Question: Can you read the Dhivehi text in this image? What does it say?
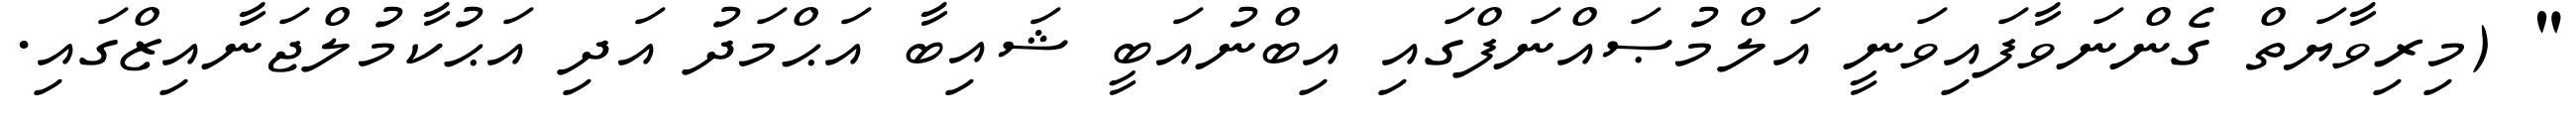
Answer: " (މިރިވާޔަތް ގެންނަވާފައިވަނީ އަލްމުޞައްނަފްގައި އިބްނުއަބީ ޝައިބާ އަޙްމަދު އަދި އަޙުކާމުލްޖަނާއިޒްގައި.